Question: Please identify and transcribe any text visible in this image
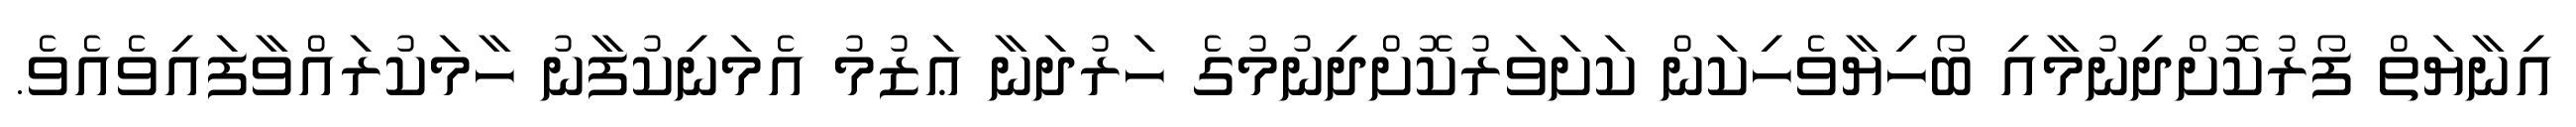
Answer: އިނާޔަތް ފޯރުކޮށްދިނުމާއި ބޯހިޔާވެހިކަން ކަށަވަރުކޮށްދިނުމުގެ ހަރުދަނާ ޢަޒުމު އެމަނިކުފާނު ހާމަކުރައްވާފައިވެއެވެ.